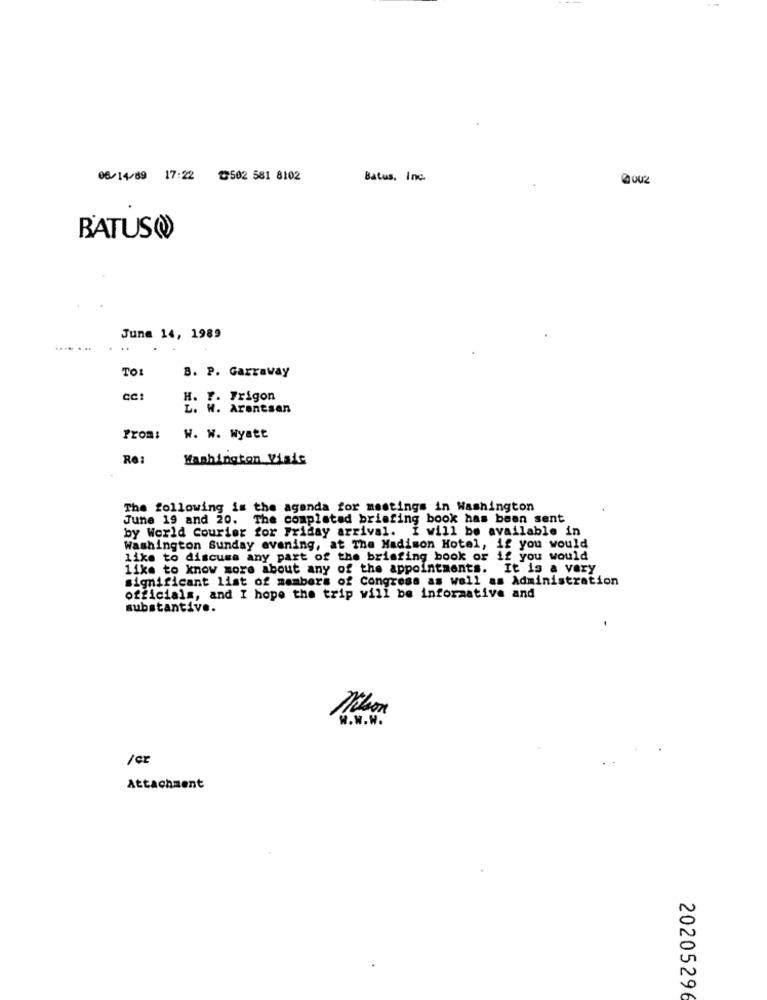
08/14/89 17:22 0502 581 8102
Batus, Inc.
@002
BATUS(
June 14, 1989
.... . ..
TOL
B. P. Garraway
CC1
H. F. Frigon
L. W. Arentsan
From:
W. W. Wyatt
Re:
Washington Visie
The following is the agenda for mestings in Washington
June 19 and 20. The completed briefing book has been sent
by World Courier for Friday arrival. I will be available in
Washington Sunday evening, at The Madison Hotel, if you would
like to discuss any part of the briefing book or if you would
like to know more about any of the appointments. It is a very
significant list of members of Congress as well as Administration
officials, and I hope the trip will be informative and
substantive.
w.W.W.
/ cz
Attachment
20205296